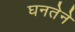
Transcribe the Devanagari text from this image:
घनतेने